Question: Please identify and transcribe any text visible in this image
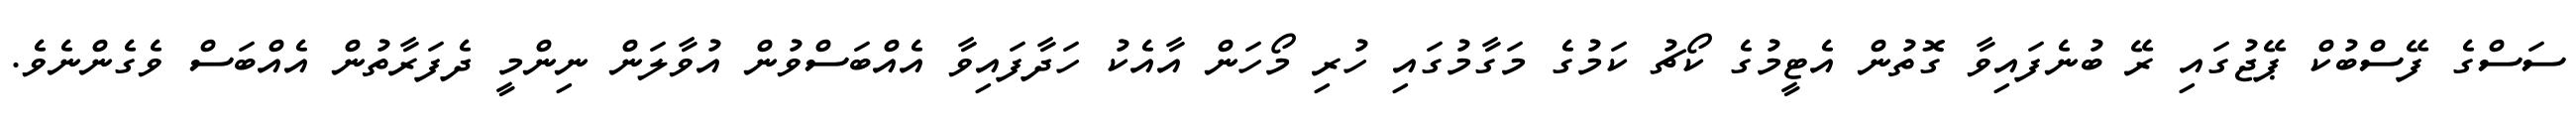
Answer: ސަސްގެ ފޭސްބުކް ޕޭޖުގައި ރޭ ބުނެފައިވާ ގޮތުން އެޓީމުގެ ކޯޗު ކަމުގެ މަގާމުގައި ހުރި މޯހަން އާއެކު ހަދާފައިވާ އެއްބަސްވުން އުވާލަން ނިންމީ ދެފަރާތުން އެއްބަސް ވެގެންނެވެ.